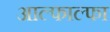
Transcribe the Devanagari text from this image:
आल्फाल्फा